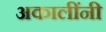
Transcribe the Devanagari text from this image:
अकालींनी